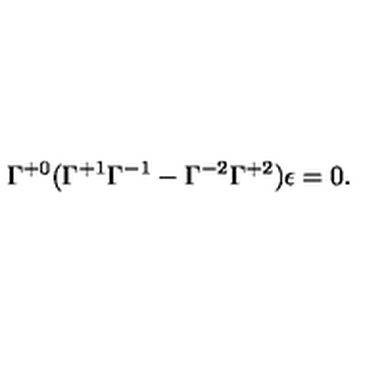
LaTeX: \Gamma ^ { + 0 } ( \Gamma ^ { + 1 } \Gamma ^ { - 1 } - \Gamma ^ { - 2 } \Gamma ^ { + 2 } ) \epsilon = 0 .